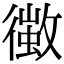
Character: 𢖄